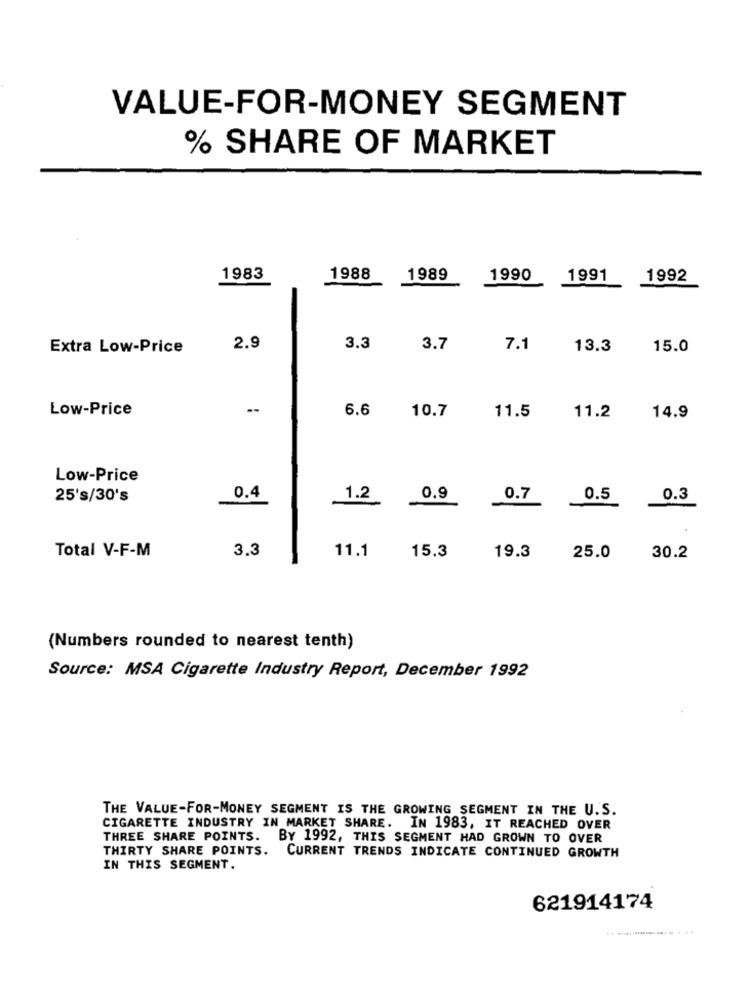
VALUE-FOR-MONEY SEGMENT
% SHARE OF MARKET
1983
1988
1989
1990 1991
1992
Extra Low-Price
2.9
3.3
3.7
7.1
13.3
15.0
Low-Price
6.6
10.7
11.2
11.5
14.9
Low-Price
25's/30's
0.4
1.2
0.9
0.7
0.5
0.3
Total V-F-M
3.3
11.1
15.3
19.3
25.0
30.2
(Numbers rounded to nearest tenth)
Source: MSA Cigarette Industry Report, December 1992
THE VALUE-FOR-MONEY SEGMENT IS THE GROWING SEGMENT IN THE U.S.
CIGARETTE INDUSTRY IN MARKET SHARE. IN 1983, IT REACHED OVER
THREE SHARE POINTS. BY 1992, THIS SEGMENT HAD GROWN TO OVER
THIRTY SHARE POINTS. CURRENT TRENDS INDICATE CONTINUED GROWTH
IN THIS SEGMENT.
621914174
.. ................ ...